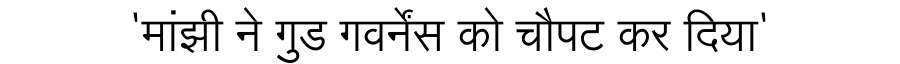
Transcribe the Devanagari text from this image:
'मांझी ने गुड गवर्नेंस को चौपट कर दिया'